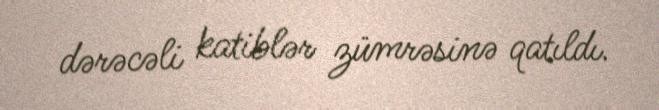
dərəcəli katiblər zümrəsinə qatıldı.